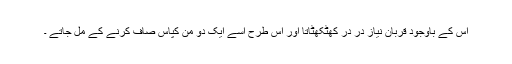
اس کے باوجود قربان نیاز در در کھٹکھٹاتا اور اس طرح اُسے ایک دو من کپاس صاف کرنے کے مل جاتے ۔